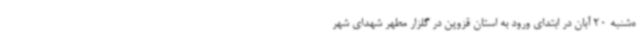
ه‌شنبه 20 آبان در ابتدای ورود به استان قزوین در گلزار مطهر شهدای شهر